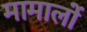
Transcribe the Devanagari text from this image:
मामालों